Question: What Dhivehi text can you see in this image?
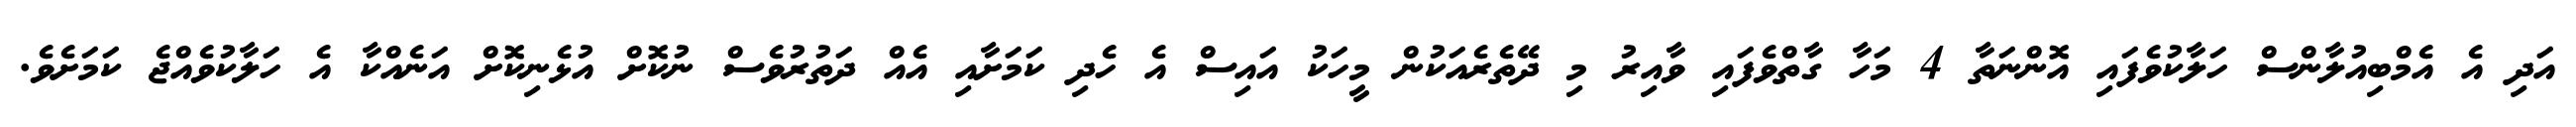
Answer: އަދި އެ އެމްބިއުލާންސް ހަލާކުވެފައި އޮންނަތާ 4 މަހާ ގާތްވެފައި ވާއިރު މި ދޭތެރެއަކުން މީހަކު އައިސް އެ ހެދި ކަމަށާއި އެއް ދަތުރުވެސް ނުކޮށް އުޅެނިކޮށް އަނެއްކާ އެ ހަލާކުވެއްޖެ ކަމަށެވެ.